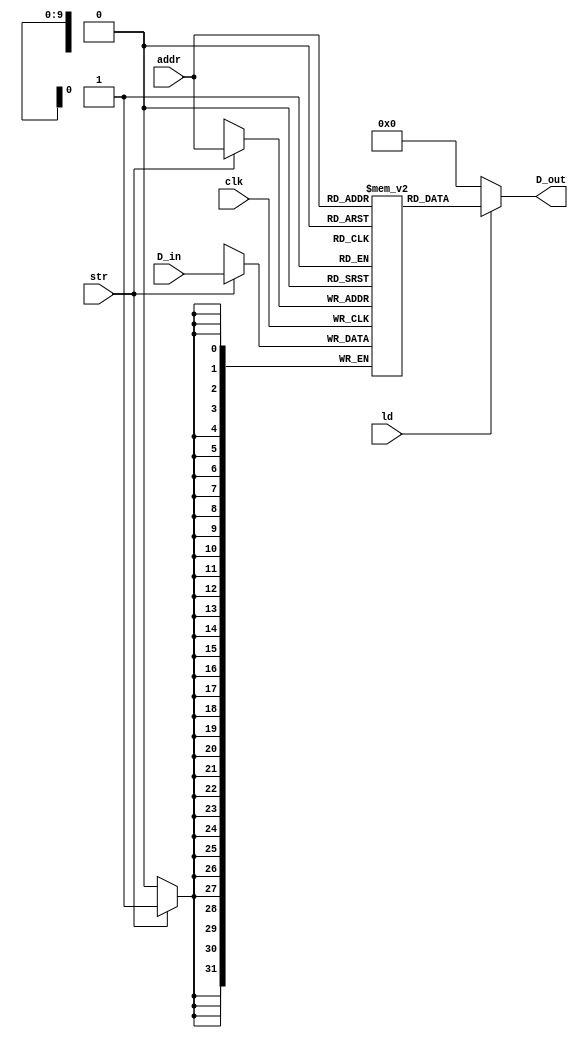
`timescale 1ns / 1ps
//////////////////////////////////////////////////////////////////////////////////
// Company: 
// Engineer: 
// 
// Design Name: 
// Module Name: RAM
// Project Name: 
// Target Devices: 
// Tool Versions: 
// Description: 
// 
// Dependencies: 
// 
// Revision:
// Revision 0.01 - File Created
// Additional Comments:
// 
//////////////////////////////////////////////////////////////////////////////////


module RAM(
    input [9:0] addr,
    input [31:0] D_in,
    input str,
    input clk,
    input ld,
    output [31:0] D_out
    );
    reg [31:0] ram [0:2**10-1];
    always @(posedge clk) begin
        if (str)
            ram[addr] = D_in;
    end
    assign D_out = ld ? ram[addr] : 32'b0;
endmodule